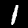
Label: 1